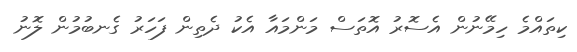
ކިތައްމެ ހިމޭނުން އެސޮރު އޮތަސް މަންމައާ އެކު ދެތިން ފަހަރު ގެނބުމުން ލޮނު